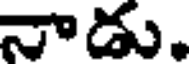
నాడు.